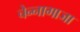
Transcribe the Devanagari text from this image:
चेन्‍नागाजा